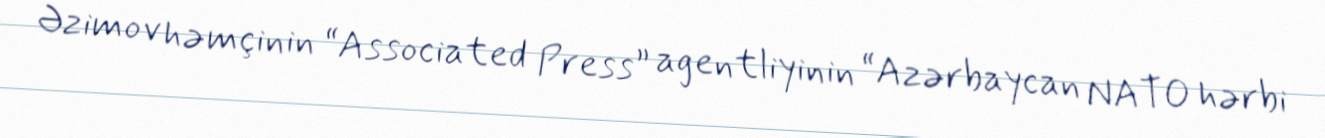
Əzimov həmçinin “Associated Press” agentliyinin “Azərbaycan NATO hərbi